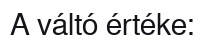
A váltó értéke: